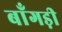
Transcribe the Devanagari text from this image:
बाँगड़ी